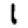
Digit: 1